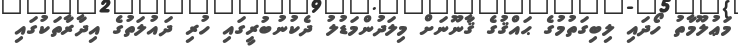
މަޢުލޫމާތު ހޯދައި ލިބިގަތުމުގެ ޙައްޤުގެ ޤާނޫނަށް މިލަދުންމަޑުލު ދެކުނުބުރީގައި ހުރި ދައުލަތުގެ އިދާރާތަކުގައި